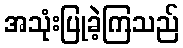
အသုံးပြုခဲ့ကြသည်